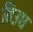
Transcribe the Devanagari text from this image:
विउध